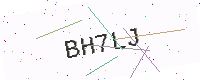
Text: BH7LJ